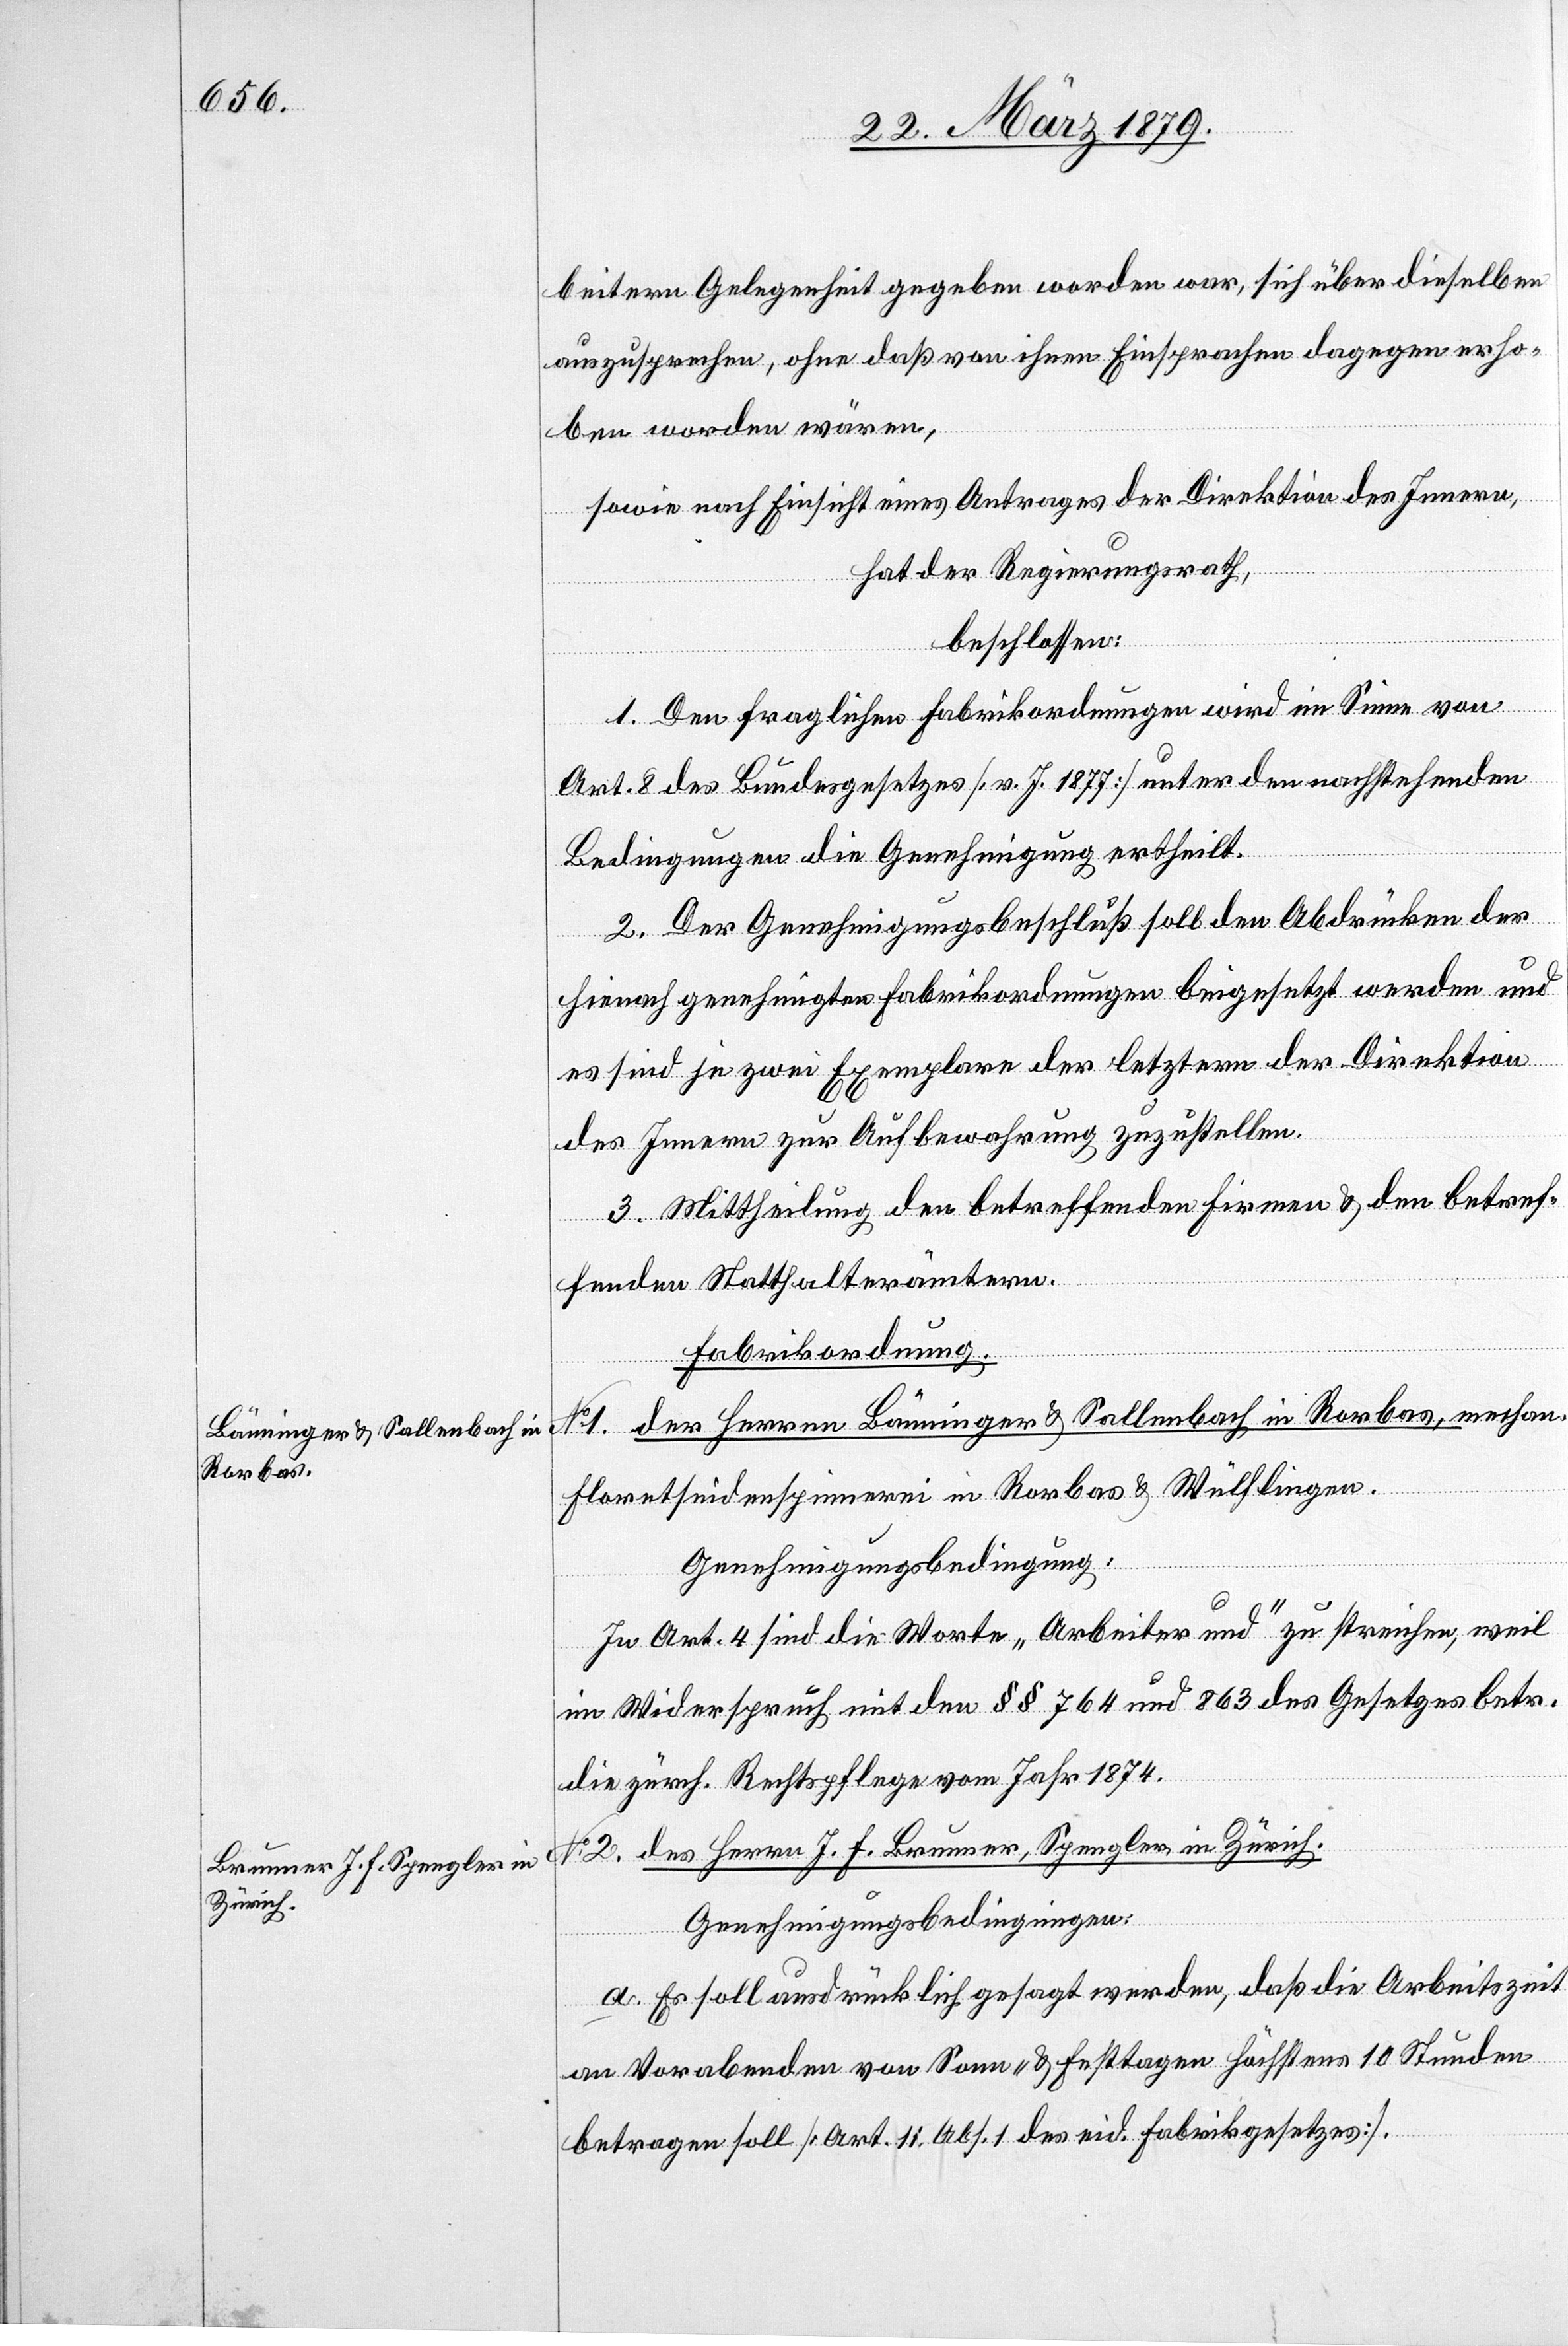
beitern Gelegenheit gegeben worden war, sich über dieselben
auszusprechen, ohne daß von ihnen Einsprachen dagegen erho¬
ben worden wären,
sowie nach Einsicht eines Antrages der Direktion des Innern,
hat der Regierungsrath,
beschlossen:
1. Den fraglichen Fabrikordnungen wird im Sinne von
Art. 8 des Bundesgesetzes [v. J. 1877] unter den nachstehenden
Bedingungen die Genehmigung ertheilt.
2. Der Genehmigungsbeschluß soll den Abdrücken der
hienach genehmigten Fabrikordnungen beigesetzt werden und
sind je zwei Exemplare der letztern der Direktion
des Innern zur Aufbewahrung zuzustellen.
3. Mittheilung den betreffenden Firmen & den betref¬
fenden Statthalterämtern.
[Fabrikordnung.]
1. der Herren Bänninger & Sallenbach in Rorbas, mechan.
Floretseidenspinnerei in Rorbas & Wülflingen.
[Forts¬
Genehmigungsbedingung:
In Art. 4 sind die Worte „Arbeiter und“ zu streichen, weil
im Widerspruch mit §§ 764 und 863 des Gesetzes betr.
die zürch. Rechtspflege vom Jahr 1874.
No 2. des Herrn J. F. Brunner, Spengler in Zürich.
Genehmigungsbedingungen:
etzung
a. Es soll ausdrücklich gesagt werden, daß die Arbeitszeit
an Vorabenden von Sonn- & Festtagen höchstens 10 Stunden
betragen soll [Art. 11, Abs. 1 des eid. Fabrikgesetzes].